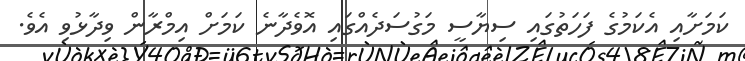
ކަމަށާއި އެކަމުގެ ފަހަތުގައި ސިޔާސީ މަގުސަދެއްގައި އޮވެދާނެ ކަމަށް އިމްރާން ވިދާޅުވި އެވެ.